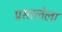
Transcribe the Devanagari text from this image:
प्रसरलेला